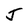
Character: J